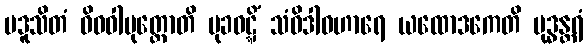
ပဒူသိတံ ဝိဓဝါပုတ္တောတိ မုခဝဋ္ဋိံ သံဝိဒါဝဟာရေ ယထောဒကေတိ ဗုဒ္ဓန္တရံ